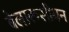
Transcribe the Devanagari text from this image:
बेलारूसीयन